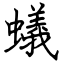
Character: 蟻